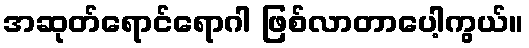
အဆုတ်ရောင်ရောဂါ ဖြစ်လာတာပေါ့ကွယ်။